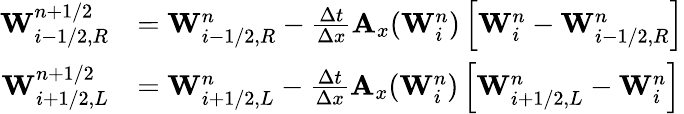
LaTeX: \begin{array}{rl}{\mathbf{W}_{i-1/2,R}^{n+1/2}}&{=\mathbf{W}_{i-1/2,R}^{n}-\frac{\Delta t}{\Delta x}\mathbf{A}_{x}(\mathbf{W}_{i}^{n})\left[\mathbf{W}_{i}^{n}-\mathbf{W}_{i-1/2,R}^{n}\right]}\\ {\mathbf{W}_{i+1/2,L}^{n+1/2}}&{=\mathbf{W}_{i+1/2,L}^{n}-\frac{\Delta t}{\Delta x}\mathbf{A}_{x}(\mathbf{W}_{i}^{n})\left[\mathbf{W}_{i+1/2,L}^{n}-\mathbf{W}_{i}^{n}\right]}\end{array}